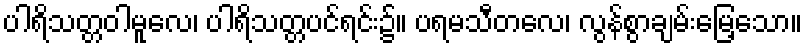
ပါရိသတ္တဝါမူလေ၊ ပါရိသတ္တပင်ရင်း၌။ ပရမသီတလေ၊ လွန်စွာချမ်းမြေ့သော။